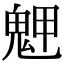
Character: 𩲳